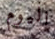
اليوم